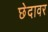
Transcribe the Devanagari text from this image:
छेदावर